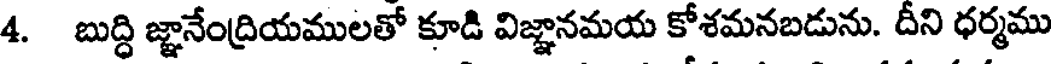
4. బుద్ధి జ్ఞానేంద్రియములతో కూడి విజ్ఞానమయ కోశమనబడును. దీని ధర్మము